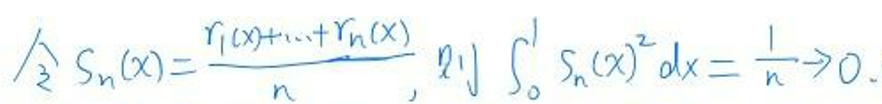
\(\wedge \forall s_{n}(x)=\frac{r_{1}(x)+\cdots+r_{n}(x)}{n}, \int_{0}^{1} s_{n}(x)^{2} d x=\frac{1}{n} \to 0.\)